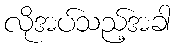
လိုအပ်သည့်အခါ